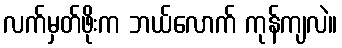
လက်မှတ်ဖိုးက ဘယ်လောက် ကုန်ကျလဲ။